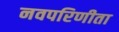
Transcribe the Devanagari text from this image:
नवपरिणीता